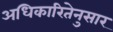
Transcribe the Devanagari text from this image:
अधिकारितेनुसार